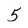
Character: 5